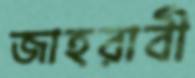
জাহরাবী